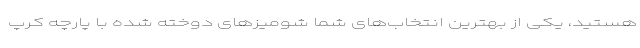
هستید، یکی از بهترین انتخاب‌های شما شومیزهای دوخته شده با پارچه کرپ